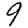
Digit: 9